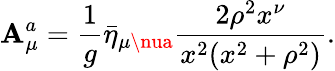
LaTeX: \mathbf{A}_{\mu}^{a}=\frac{{1}}{{g}}\bar{{\eta}}_{\mu\nua}\frac{{2\rho^{2}x^{\nu}}}{{x^{2}(x^{2}+\rho^{2})}}.